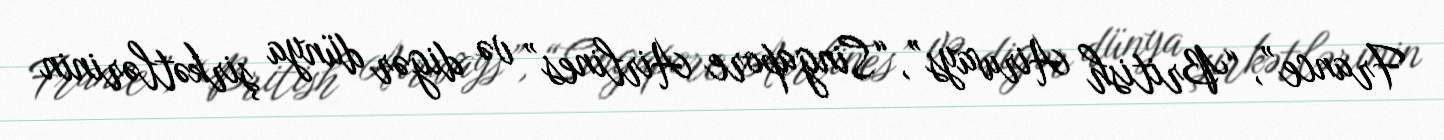
France”, “British Airways”, “Singapore Airlines” və digər dünya şirkətlərinin